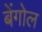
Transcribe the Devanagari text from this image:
बेंगोल